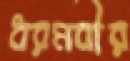
ধরমবীর